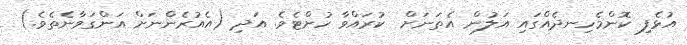
އުޅެފި ކޮންމެހިނދެއްގައި އަލުން އެތަނަށް  ކުރައްވާ ހުށްޓެވެ. އަދި (އެއުރެންނަށް އަންގަވާނެތެވެ.)